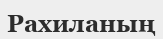
Рахиланың